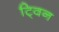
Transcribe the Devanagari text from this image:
टि्वन